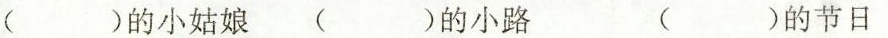
( )的小姑娘 ( )的小路 ( )的节日